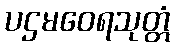
ပဌမဝေရသုတ္တံ